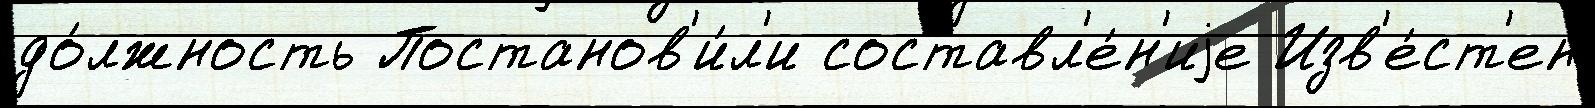
до́лжность Постанов'и́л'и составл'е́н'иjе Изв'е́ст'ен